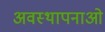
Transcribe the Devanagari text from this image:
अवस्थापनाओ